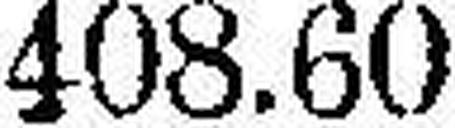
408.60